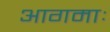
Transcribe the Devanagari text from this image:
आगमाः